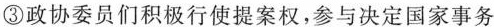
③政协委员们积极行使提案权，参与决定国家事务